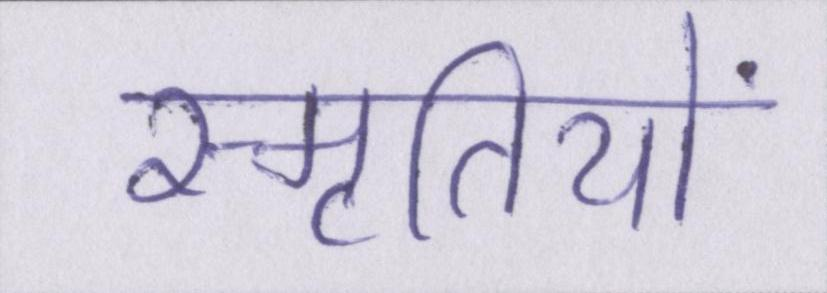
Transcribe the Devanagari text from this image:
स्मृतियों